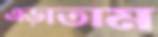
এড়াতাম